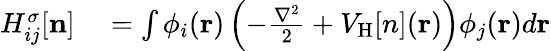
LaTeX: \begin{array}{rl}{H_{ij}^{\sigma}[{\mathbf n}]}&{{}=\int\phi_{i}({\mathbf r})\left(-\frac{\nabla^{2}}{2}+V_{\mathrm{H}}[n]({\mathbf r})\right)\phi_{j}({\mathbf r})d{\mathbf r}}\end{array}